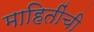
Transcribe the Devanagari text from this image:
माहितींची